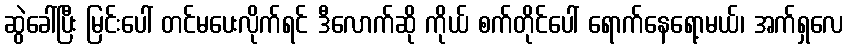
ဆွဲခေါ်ပြီး မြင်းပေါ် တင်မပေးလိုက်ရင် ဒီလောက်ဆို ကိုယ် စက်တိုင်ပေါ် ရောက်နေရော့မယ်၊ အက်ရှလေ